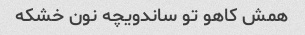
همش کاهو تو ساندویچه نون خشکه